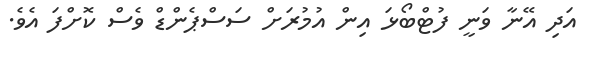
އަދި އޭނާ ވަނީ ފުޓްބޯޅަ އިން އުމުރަށް ސަސްޕެންޑް ވެސް ކޮށްފަ އެވެ.